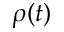
\rho ( t )